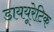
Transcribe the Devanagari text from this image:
डाययूरेटिक